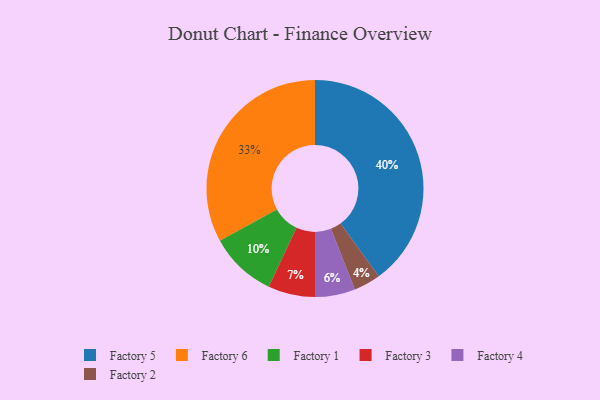
{"axis": {"x": "Category", "y": "Percentage"}, "legend": ["Factory 1", "Factory 2", "Factory 3", "Factory 4", "Factory 5", "Factory 6"], "data": [{"x": "Factory 3", "y": 7, "type": "Factory 3"}, {"x": "Factory 6", "y": 33, "type": "Factory 6"}, {"x": "Factory 4", "y": 6, "type": "Factory 4"}, {"x": "Factory 1", "y": 10, "type": "Factory 1"}, {"x": "Factory 5", "y": 40, "type": "Factory 5"}, {"x": "Factory 2", "y": 4, "type": "Factory 2"}]}